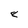
Character: 8